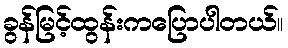
ခွန်မြင့်ထွန်းကပြောပါတယ်။